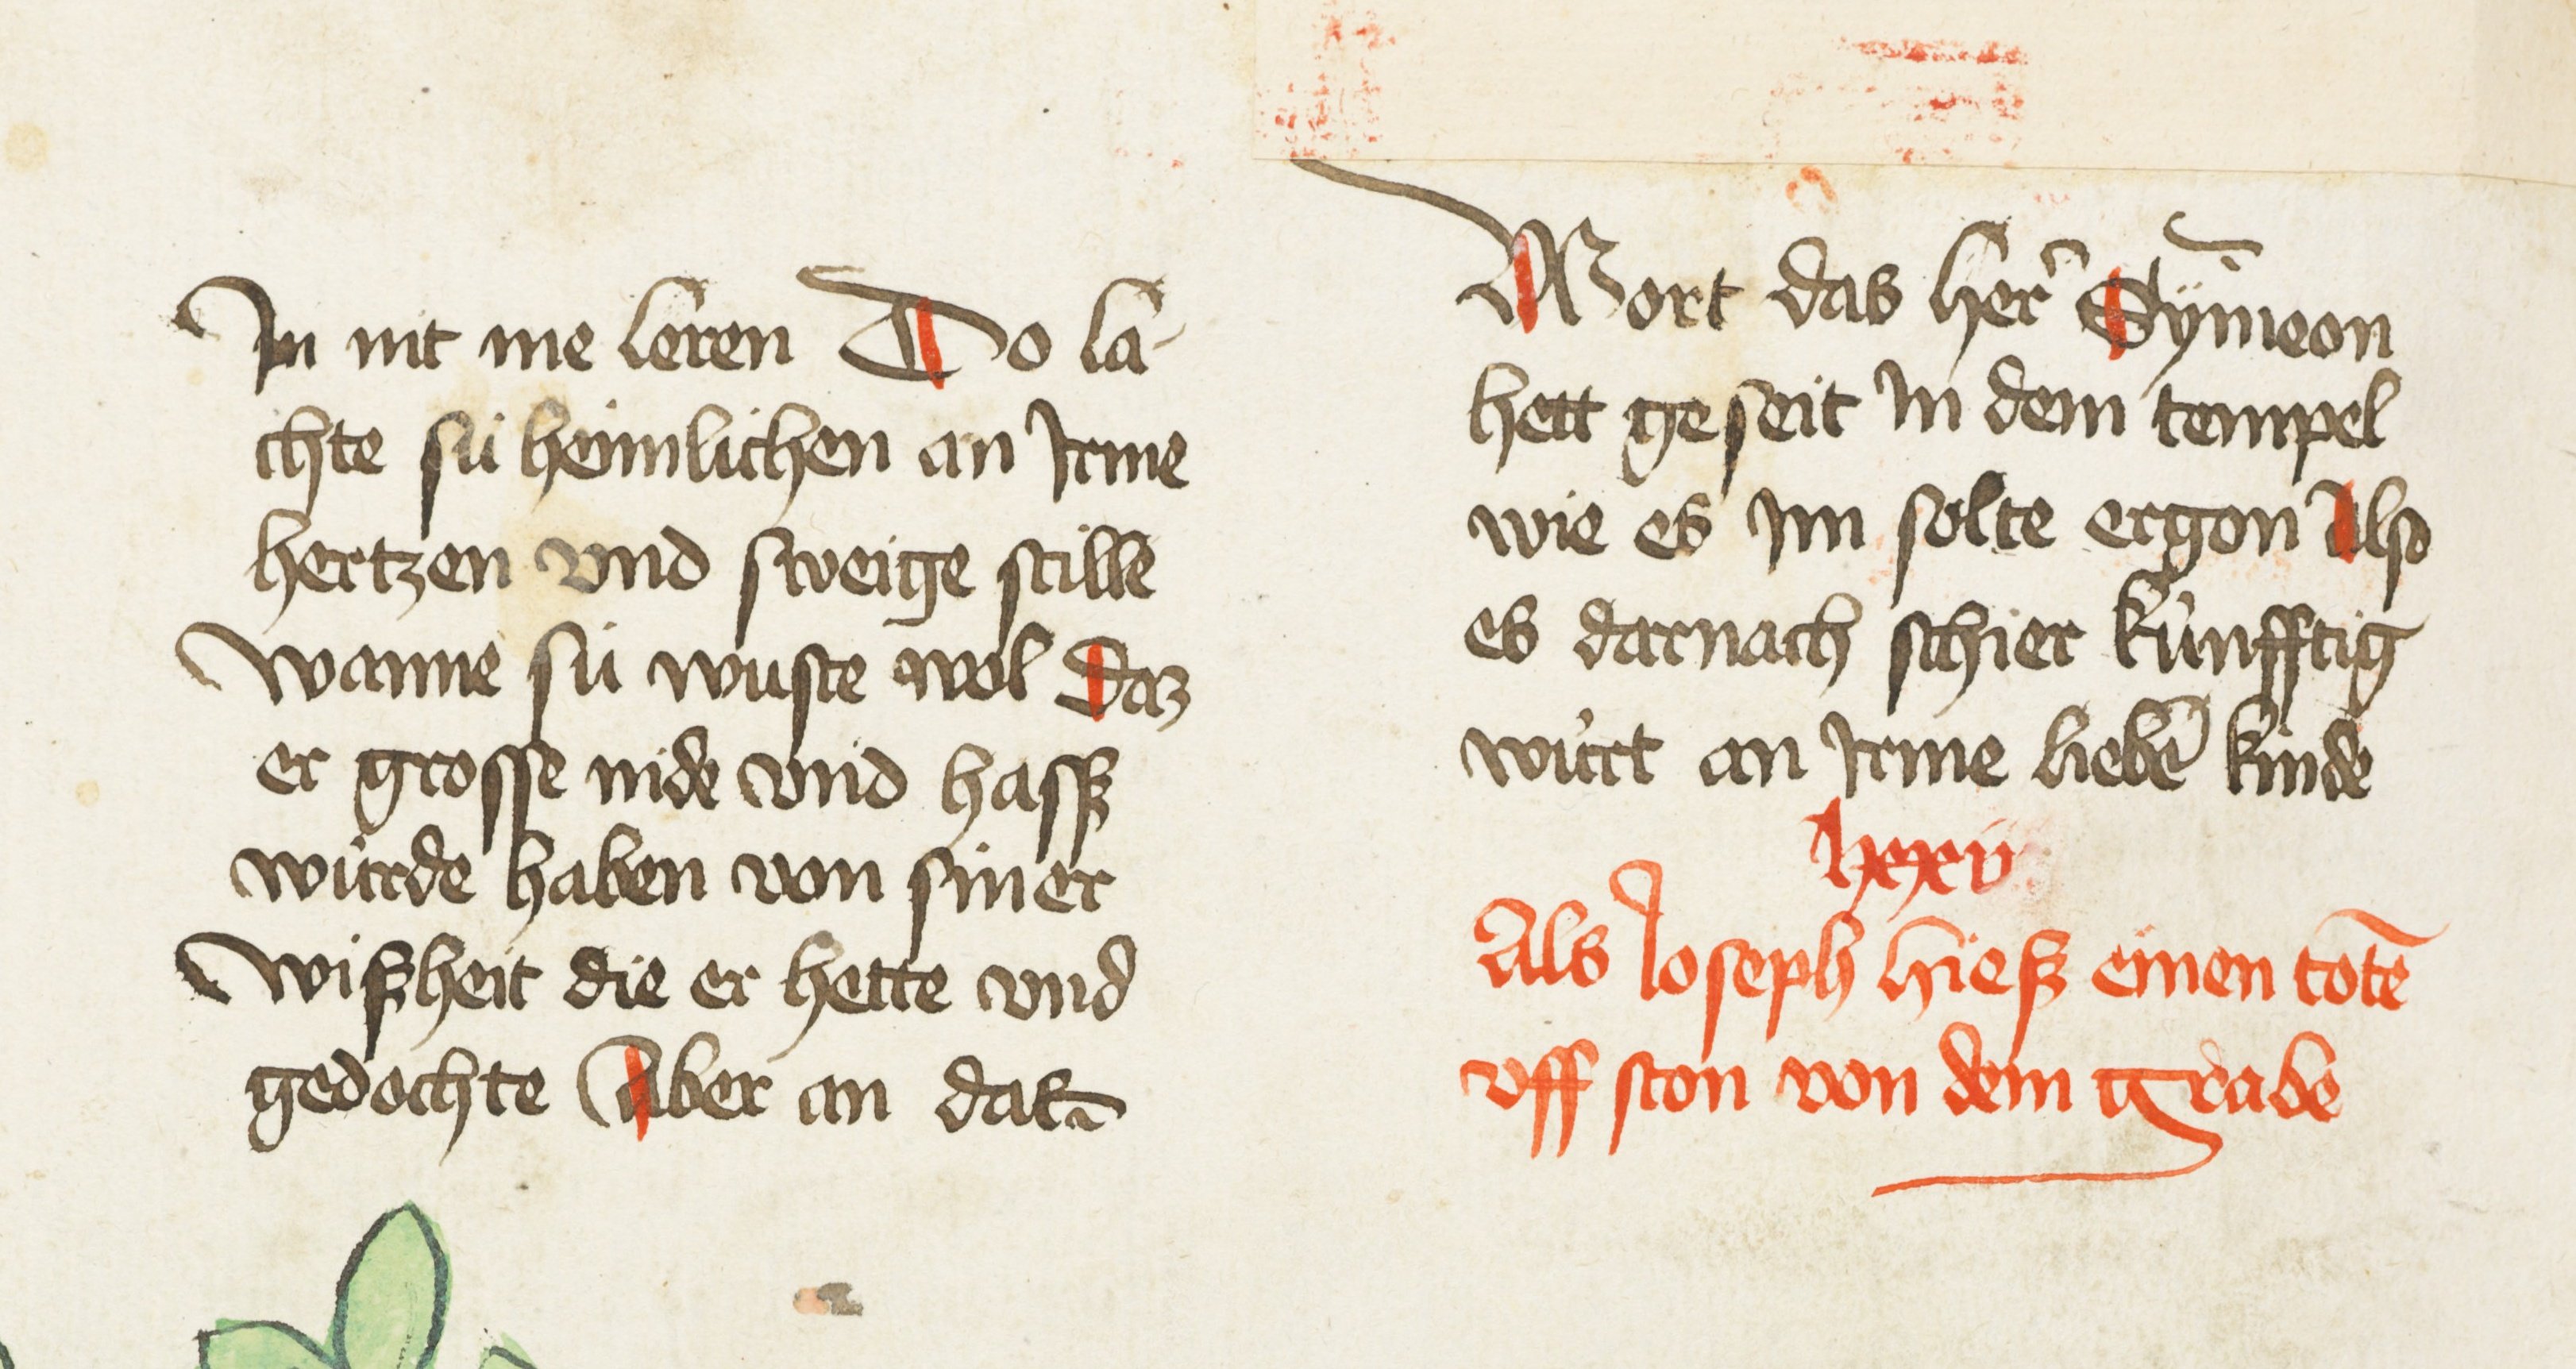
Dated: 1435–1465